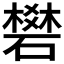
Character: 𥖎